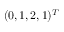
( 0 , 1 , 2 , 1 ) ^ { T }